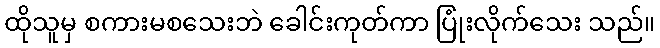
ထိုသူမှ စကားမစသေးဘဲ ခေါင်းကုတ်ကာ ပြုံးလိုက်သေး သည်။